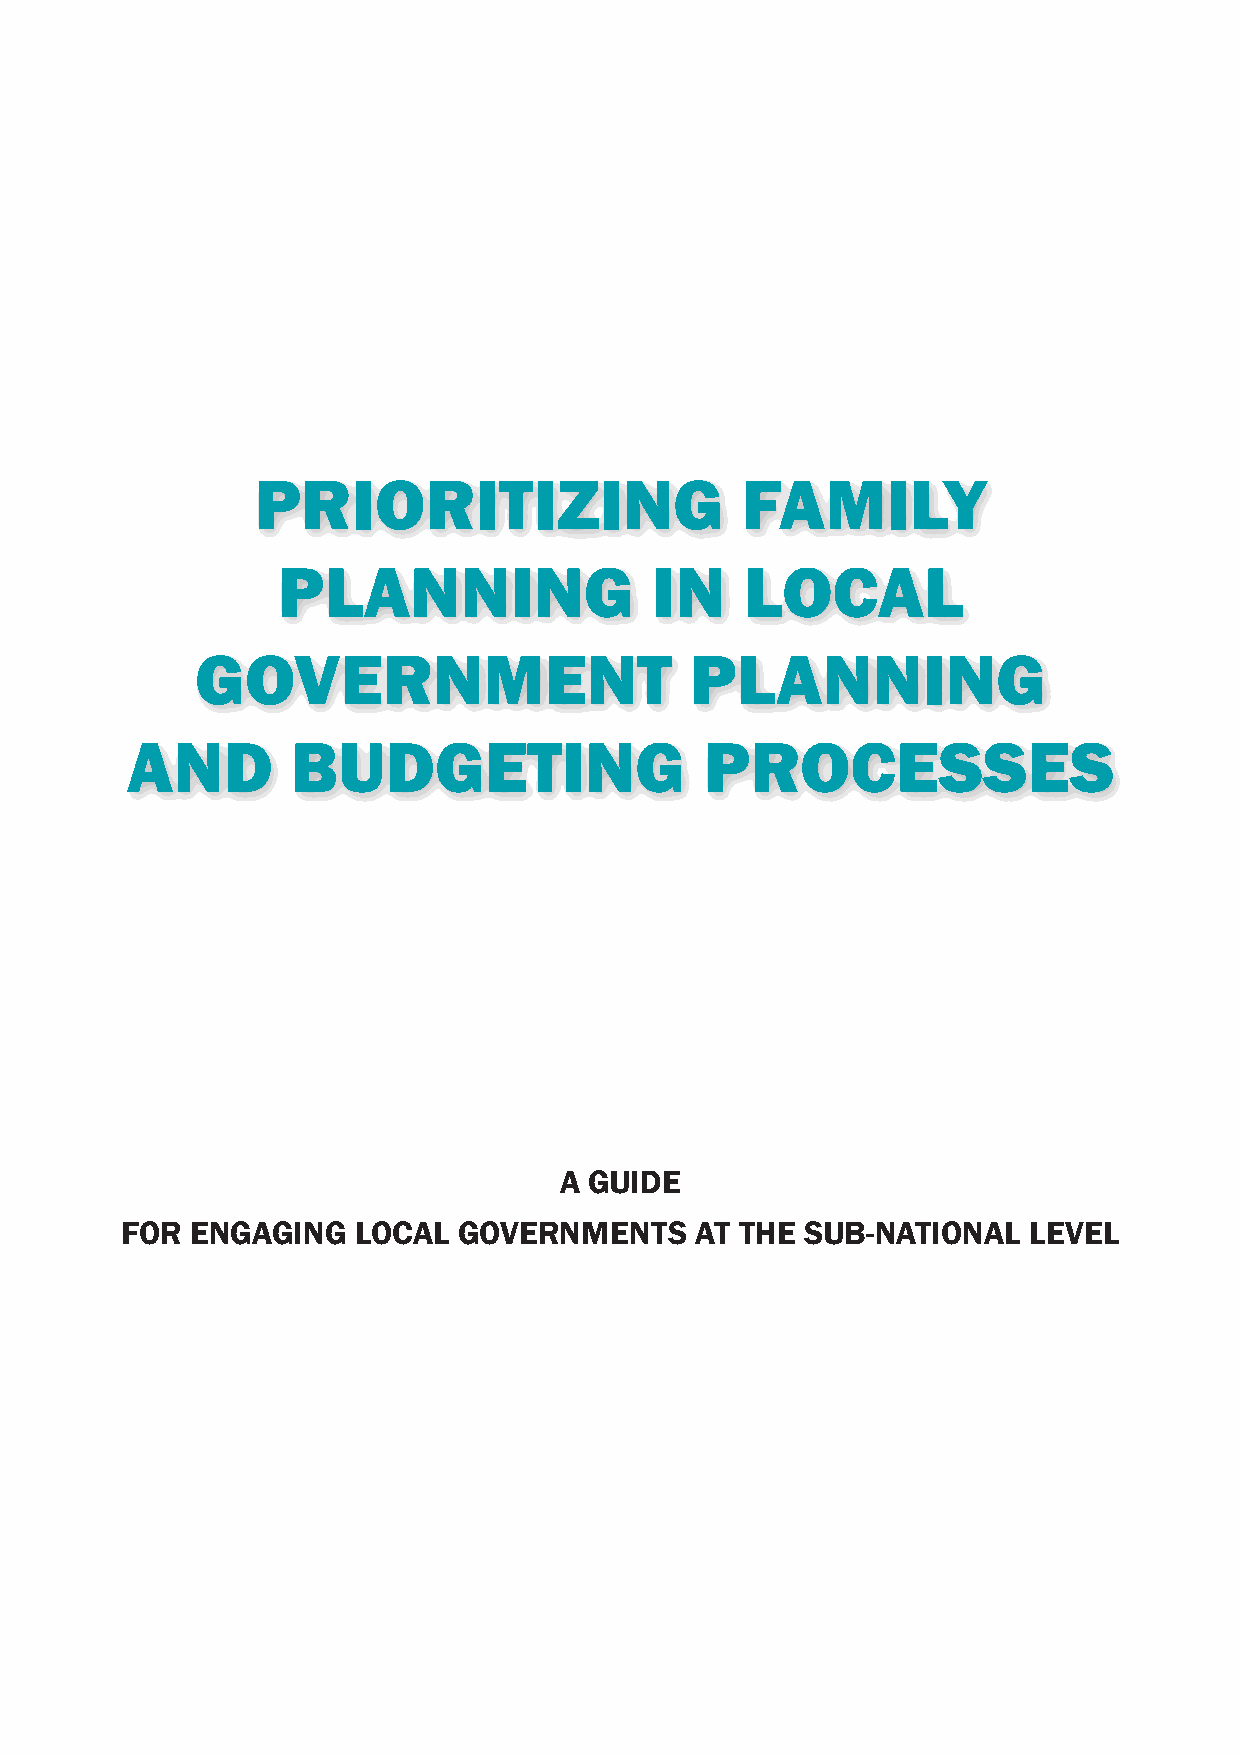
PRIORITIZING                    FAMILY
 PLANNING                 IN    LOCAL
 GOVERNMENT                       PLANNING
 AND        BUDGETING                   PROCESSES
 A GUIDE
 FOR  ENGAGING  LOCAL  GOVERNMENTS     AT THE SUB-NATIONAL   LEVEL